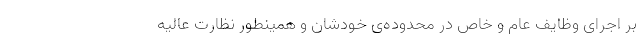
بر اجرای وظایف عام و خاص در محدوده‌ی خودشان و همینطور نظارت عالیه